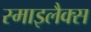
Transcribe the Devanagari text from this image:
स्माइलैक्स